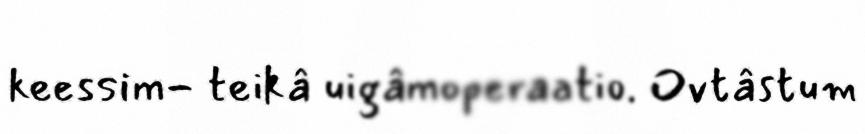
keessim- teikâ uigâmoperaatio. Ovtâstum